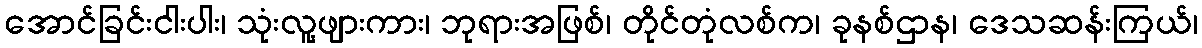
အောင်ခြင်းငါးပါး၊ သုံးလူ့ဖျားကား၊ ဘုရားအဖြစ်၊ တိုင်တုံလစ်က၊ ခုနစ်ဌာန၊ ဒေသဆန်းကြယ်၊